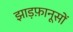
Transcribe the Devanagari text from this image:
झाड़फ़ानूसों